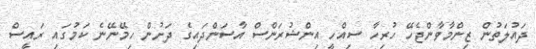
ދައުލަތުން ޒިންމާވާންޖެހޭ ހުރިހާ ސިއްހީ އިންޝުރަންސް އާސަންދައިގެ ދަށުން ހިމޭނޭނެ ކަމުގައި ރައީސް